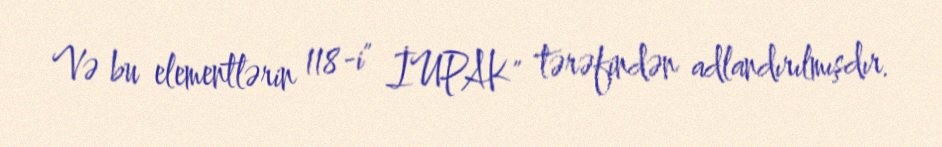
Və bu elementlərin 118-i" İUPAK" tərəfindən adlandırılmışdır.